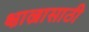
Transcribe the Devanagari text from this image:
क्षाल्नासाठी